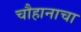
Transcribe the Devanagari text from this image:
चौहानाचा